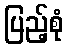
ပြည့်စုံ